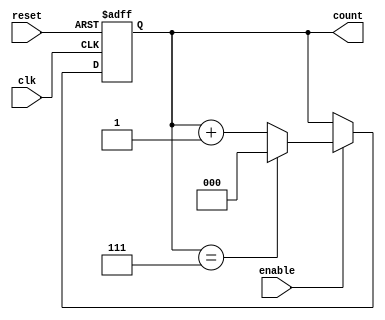
module UpCounter (
    input wire clk,         // Clock signal
    input wire reset,       // Asynchronous reset signal (active high)
    input wire enable,      // Enable signal
    output reg [N-1:0] count // N-bit counter output
);
    parameter N = 3; // Define the number of bits for the counter (default is 3)

    // Always block for counter operation
    always @(posedge clk or posedge reset) begin
        if (reset) begin
            count <= 0; // Reset the counter to 0
        end else if (enable) begin
            if (count == (1 << N) - 1) begin
                count <= 0; // Wrap around to 0 after reaching max count
            end else begin
                count <= count + 1; // Increment the counter
            end
        end
    end
endmodule